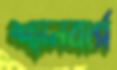
শ্যানবার্গ